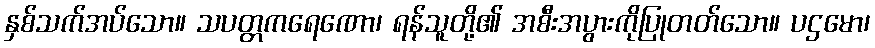
နှစ်သက်အပ်သော။ သပတ္တကရေဏော၊ ရန်သူတို့၏ အစီးအပွားကိုပြုတတ်သော။ ပဌမော၊